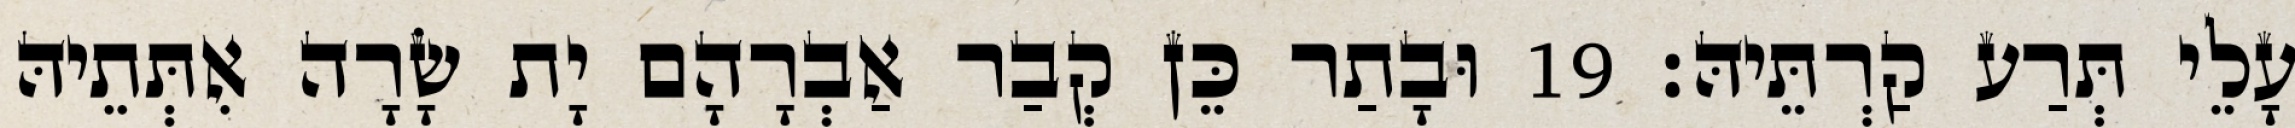
עָלֵי תְּרַע קַרְתֵּיהּ׃ 19 וּבָתַר כֵּן קְבַר אַבְרָהָם יָת שָׂרָה אִתְּתֵיהּ